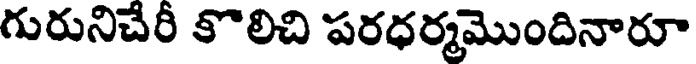
గురునిచేరీ కొలిచి పరధర్మమొందినారూ